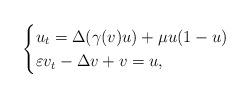
LaTeX: \begin{align*}\begin{cases}u_t=\Delta (\gamma (v)u)+\mu u(1-u)\\ \varepsilon v_t-\Delta v+v=u,\end{cases}\end{align*}